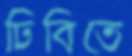
ঢিবিতে